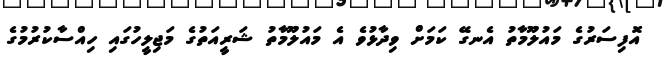
އޮފިސަރުގެ މައުލޫމާތު އެނގޭ ކަމަށް ވިދާޅުވެ އެ މައުލޫމާތު ޝަރީއަތުގެ މަޖިލީހުގައި ހިއްސާކުރުމުގެ